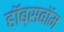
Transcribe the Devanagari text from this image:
हॉब्सबॉम